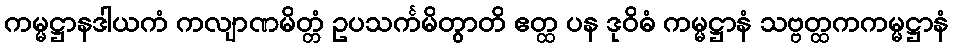
ကမ္မဋ္ဌာနဒါယကံ ကလျာဏမိတ္တံ ဥပသင်္ကမိတွာတိ ဧတ္ထ ပန ဒုဝိဓံ ကမ္မဋ္ဌာနံ သဗ္ဗတ္ထကကမ္မဋ္ဌာနံ